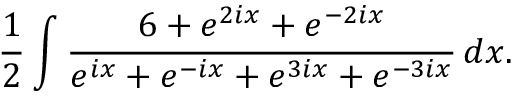
{ \frac { 1 } { 2 } } \int { \frac { 6 + e ^ { 2 i x } + e ^ { - 2 i x } } { e ^ { i x } + e ^ { - i x } + e ^ { 3 i x } + e ^ { - 3 i x } } } \, d x .